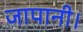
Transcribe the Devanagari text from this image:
जापानी।